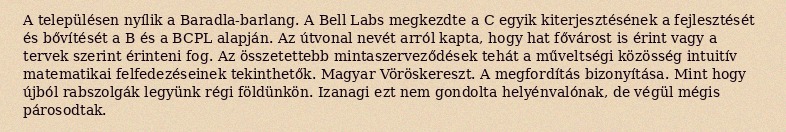
A településen nyílik a Baradla-barlang. A Bell Labs megkezdte a C egyik kiterjesztésének a fejlesztését és bővítését a B és a BCPL alapján. Az útvonal nevét arról kapta, hogy hat fővárost is érint vagy a tervek szerint érinteni fog. Az összetettebb mintaszerveződések tehát a műveltségi közösség intuitív matematikai felfedezéseinek tekinthetők. Magyar Vöröskereszt. A megfordítás bizonyítása. Mint hogy újból rabszolgák legyünk régi földünkön. Izanagi ezt nem gondolta helyénvalónak, de végül mégis párosodtak.